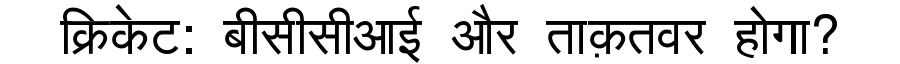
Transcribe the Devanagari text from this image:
क्रिकेट: बीसीसीआई और ताक़तवर होगा?